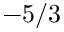
- 5 / 3